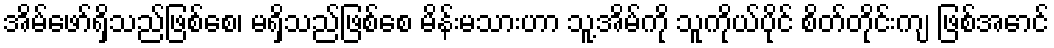
အိမ်ဖော်ရှိသည်ဖြစ်စေ၊ မရှိသည်ဖြစ်စေ မိန်းမသားဟာ သူ့အိမ်ကို သူကိုယ်ပိုင် စိတ်တိုင်းကျ ဖြစ်အောင်